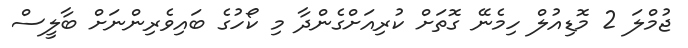
ޖުމްލަ 2 މޮޑިއުލް ހިމެނޭ ގޮތަށް ކުރިއަށްގެންދާ މި ކޯހުގެ ބައިވެރިންނަށް ބާލީސް